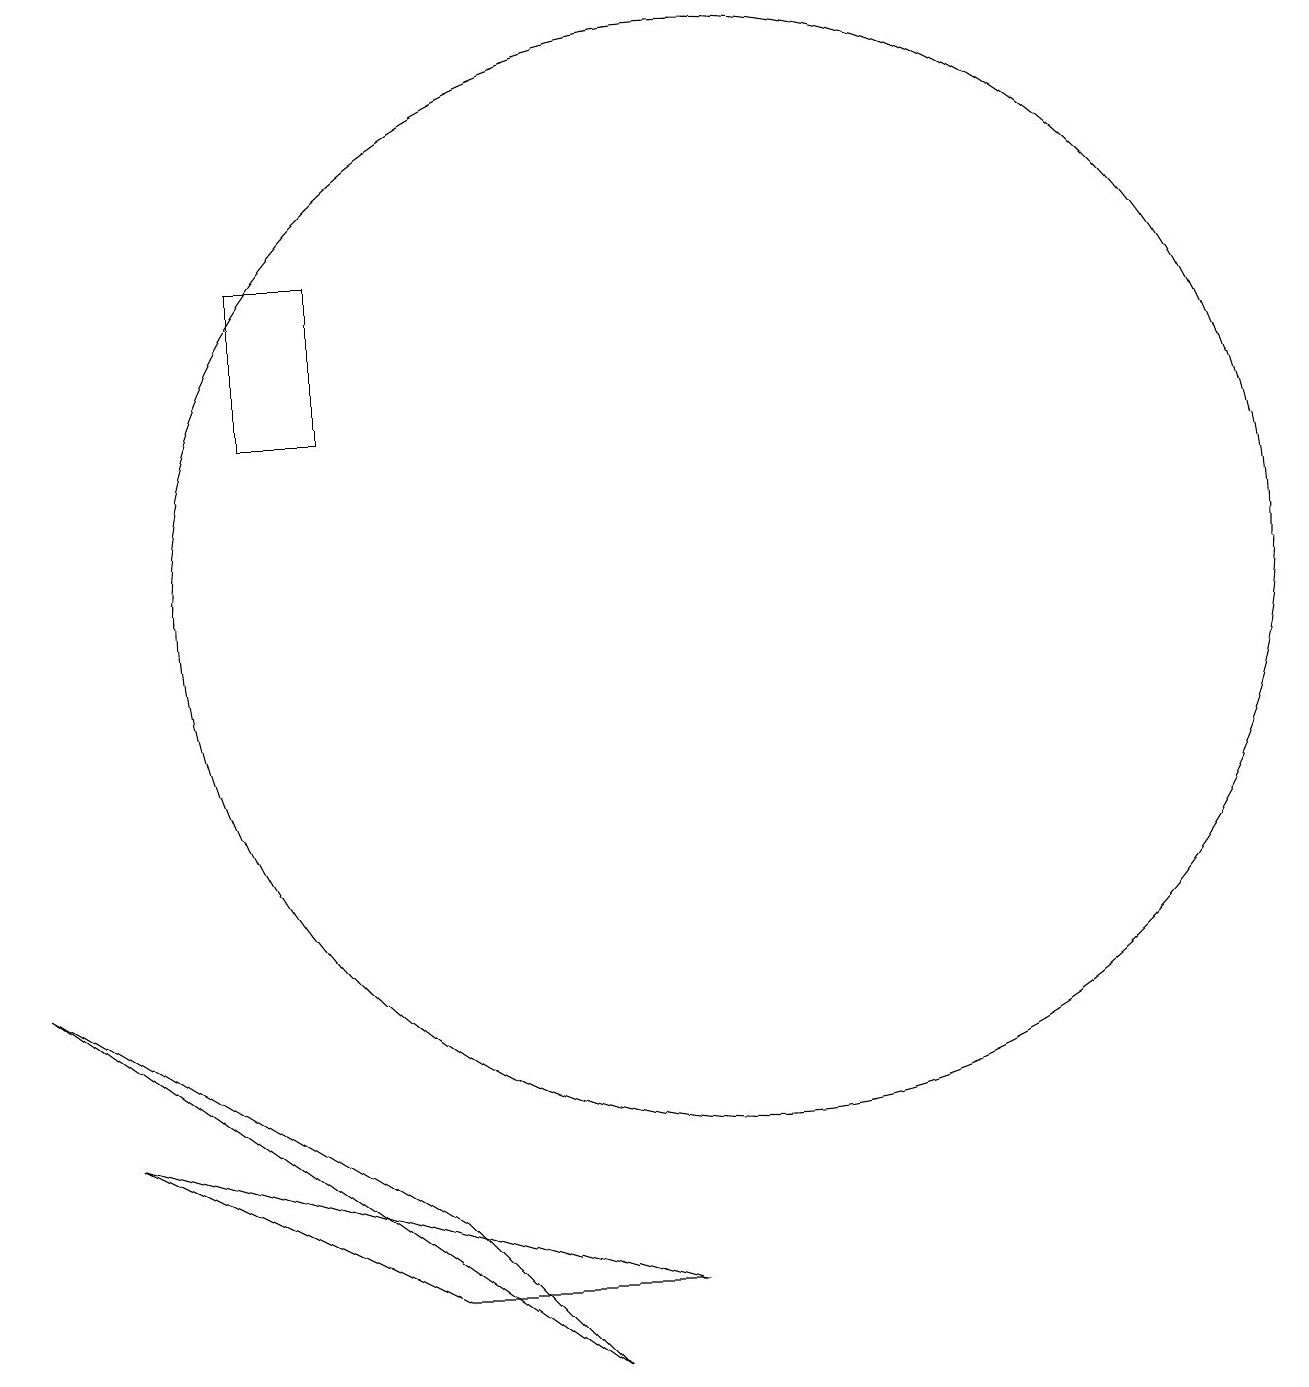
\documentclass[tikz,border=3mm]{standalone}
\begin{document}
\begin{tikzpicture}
\draw (4,12) rectangle (5,14);
\draw (8,0) -- (1,5) -- (6,2) -- cycle;
\draw (2,3) -- (9,1) -- (6,1) -- cycle;
\draw (10,10) circle (7);
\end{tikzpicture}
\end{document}